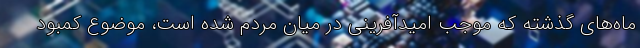
ماه‌های گذشته که موجب امیدآفرینی در میان مردم شده است، موضوع کمبود